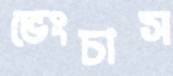
ভেংচাস